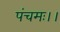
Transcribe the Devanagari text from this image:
पंचमः।।